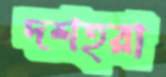
দশহরা